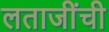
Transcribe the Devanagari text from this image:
लताजींची